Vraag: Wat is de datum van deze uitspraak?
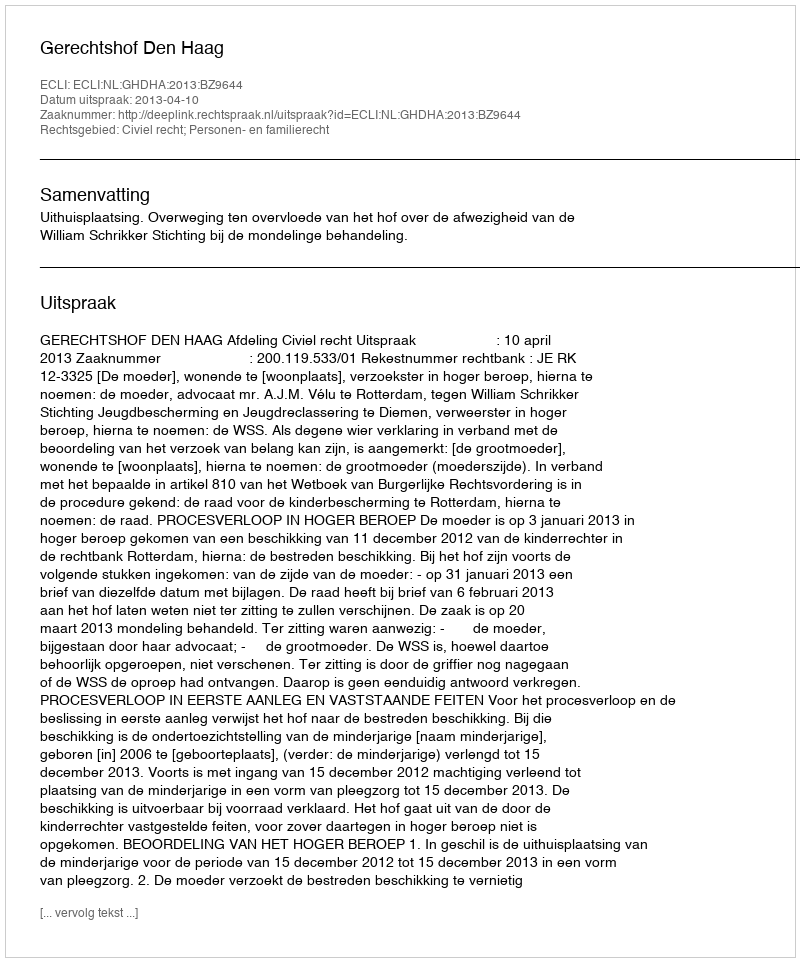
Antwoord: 2013-04-10